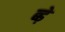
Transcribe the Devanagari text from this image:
ब्ड़े